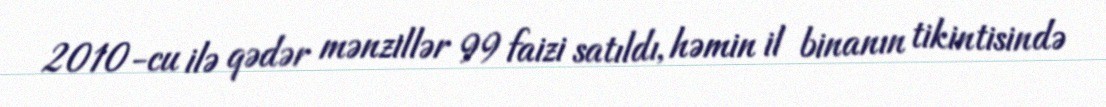
2010-cu ilə qədər mənzillər 99 faizi satıldı, həmin il binanın tikintisində